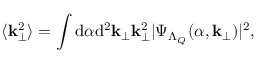
\langle { \bf k } _ { \perp } ^ { 2 } \rangle = \int \mathrm { d } \alpha \mathrm { d } ^ { 2 } { \bf k } _ { \perp } { \bf k } _ { \perp } ^ { 2 } | \Psi _ { \Lambda _ { Q } } ( \alpha , { \bf k } _ { \perp } ) | ^ { 2 } ,